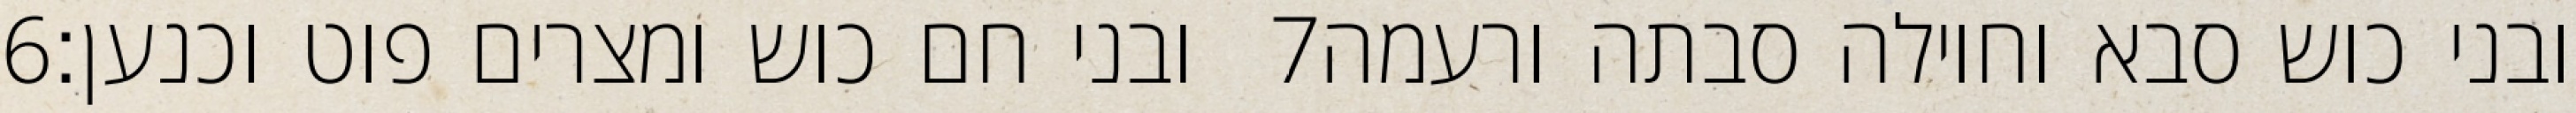
‎6‏ ובני חם כוש ומצרים פוט וכנען׃ ‎7‏ ובני כוש סבא וחוילה סבתה ורעמה